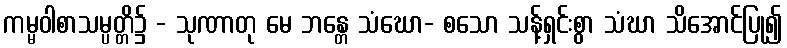
ကမ္မဝါစာသမ္ပတ္တိ၌ - သုဏာတု မေ ဘန္တေ သံဃော- စသော သန့်ရှင်းစွာ သံဃာ သိအောင်ပြု၍